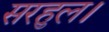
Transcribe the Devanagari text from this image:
सरहुल।